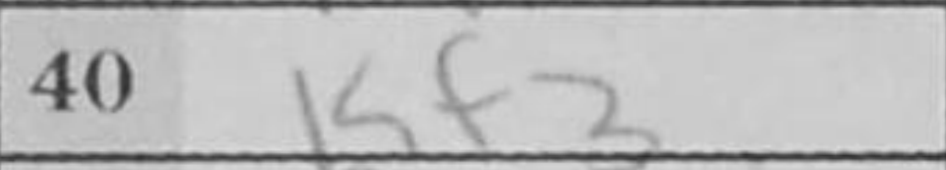
Transcription: Kf3